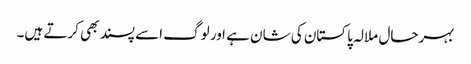
بہرحال ملالہ پاکستان کی شان ہے ا ور لوگ اسے پسند بھی کرتے ہیں۔